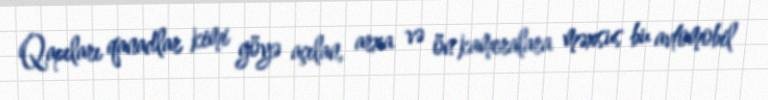
Qapıları qanadlar kimi göyə açılan, arxa və ön kameralara məxsus bu avtomobil